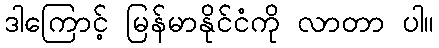
ဒါကြောင့် မြန်မာနိုင်ငံကို လာတာ ပါ။